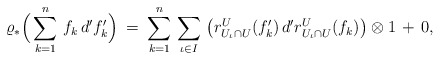
\begin{align*} \varrho_* \Big( \sum \limits_{k = 1}^{n} \, f_k \, d' f'_k \Big) \: = \: \sum \limits_{k = 1}^{n} \, \sum \limits_{\iota \in I} \, \big( r_{U_{\iota} \cap U}^U (f'_k) \, d' r_{U_{\iota} \cap U}^U (f_k) \big) \otimes 1 \, + \, 0,\end{align*}